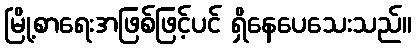
မြို့စာရေးအဖြစ်ဖြင့်ပင် ရှိနေပေသေးသည်။